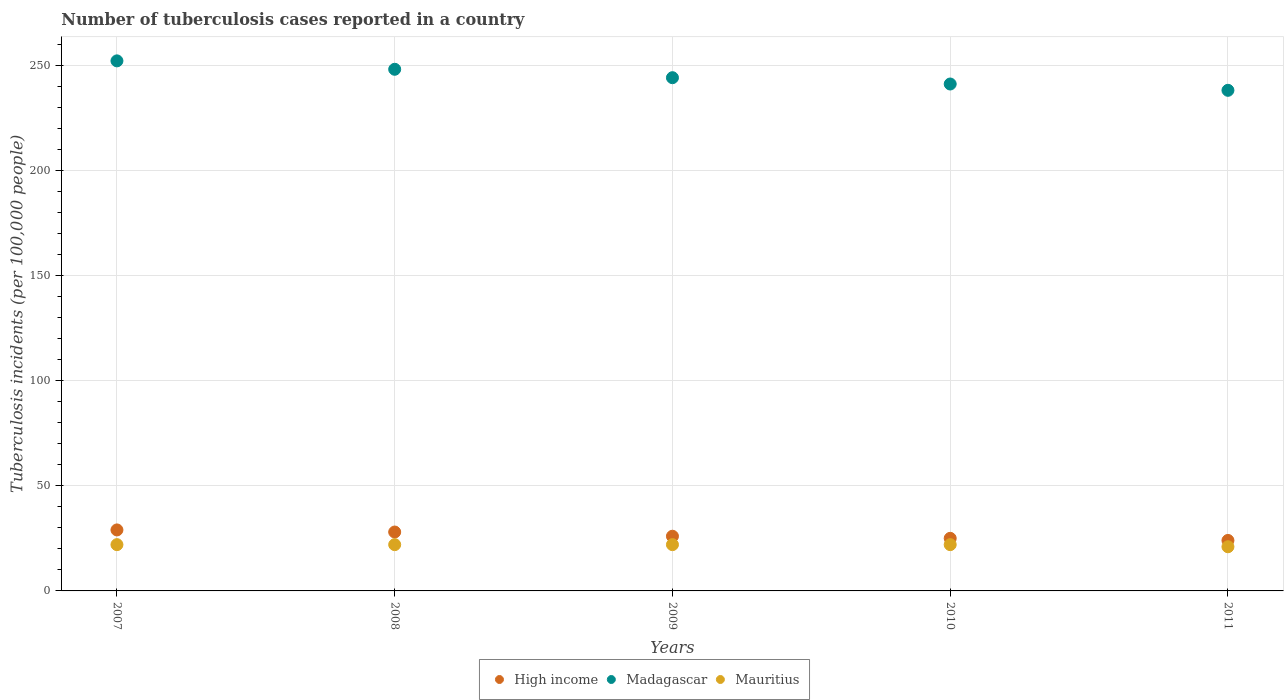
| Years | High income | Madagascar | Mauritius |
 | --- | --- | --- | --- |
 | 2007 | 29 | 252 | 22 |
 | 2008 | 28 | 248 | 22 |
 | 2009 | 26 | 244 | 22 |
 | 2010 | 25 | 241 | 22 |
 | 2011 | 24 | 238 | 21 |